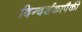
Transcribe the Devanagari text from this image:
दिग्दर्शकापैकी